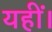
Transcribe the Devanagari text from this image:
यहीं।